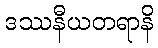
ဒဿနီယတရာနိ